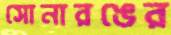
সোনারঙের